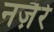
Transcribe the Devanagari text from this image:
नज़ैरे